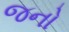
જનો